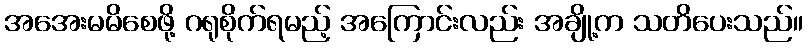
အအေးမမိစေဖို့ ဂရုစိုက်ရမည့် အကြောင်းလည်း အချို့က သတိပေးသည်။